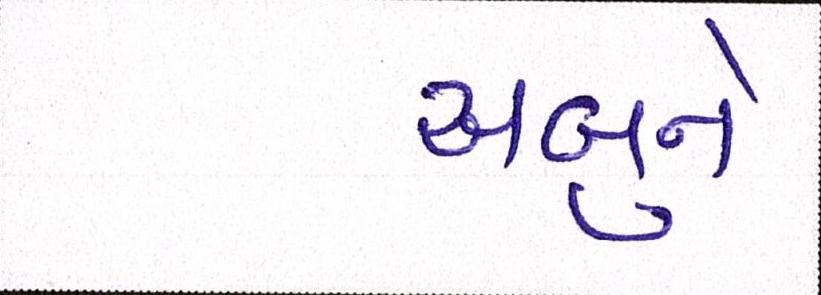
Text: અબુને